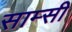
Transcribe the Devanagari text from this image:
साम्सी